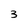
Character: 3